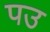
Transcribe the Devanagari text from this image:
पउ